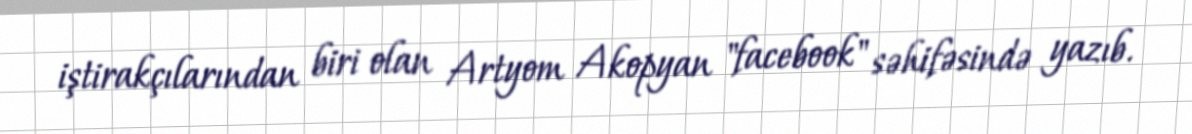
iştirakçılarından biri olan Artyom Akopyan "facebook" səhifəsində yazıb.